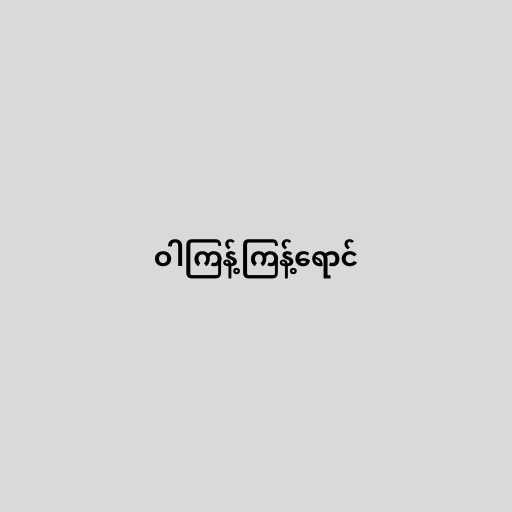
ဝါကြန့်ကြန့်ရောင်